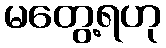
မတွေ့ရဟု